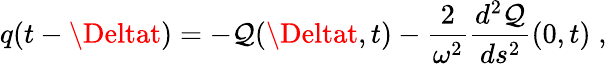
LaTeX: q(t-{\Deltat})=-\mathcal{Q}({\Deltat},t)-{\frac{{2}}{{\omega^{2}}}}{\frac{{d^{2}\mathcal{Q}}}{{ds^{2}}}}(0,t)\; ,